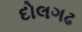
દોલગઢ